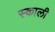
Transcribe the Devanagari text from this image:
स्काली